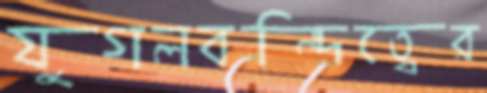
যুগলবন্দিত্বের